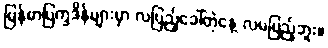
မြန်မာပြက္ခဒိန်များမှာ လပြည့်ခေါ်တဲ့နေ့ လမပြည့်ဘူး။